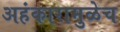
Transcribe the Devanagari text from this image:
अहंकारामुळेच